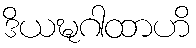
ဒိယဍ္ဎဂါထာဟိ